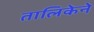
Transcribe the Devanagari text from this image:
तालिकेने